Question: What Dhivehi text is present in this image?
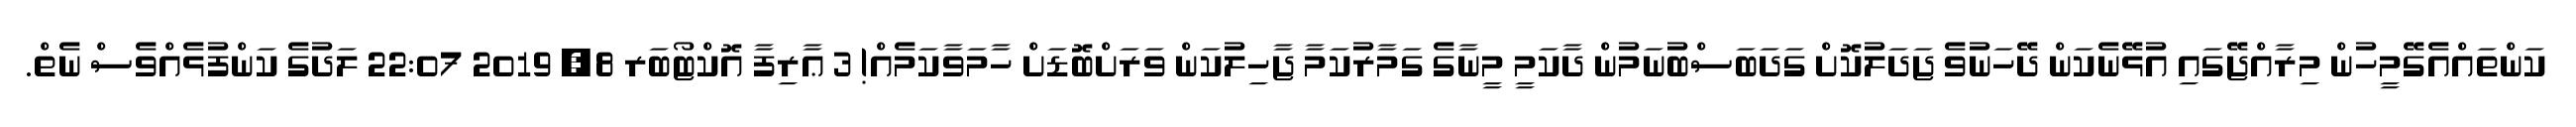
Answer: ކަންތައްއެގޭމީހުން މިރާއްޖޭގައި އުޅޭނެކަން ދޭހަނުވެ ޖަދަލުކޮށް ގަދަބަސްބުނަމުން ދާކަމީ މީނާގެ ގަމާރުކަމާ ޖާހިލުކަން ވަރަށްބޮޑަށް ހާމަވާކަމެއް! 3 ޢާރިފާ އޮކްޓޯބަރ 8, 2019 22:07 ލަދުގެ ކަންފުޅެއްވެސް ނެތް.